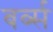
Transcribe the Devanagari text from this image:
बर्ब्स